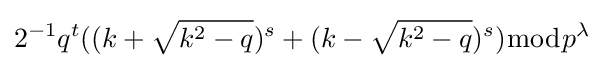
2^{-1}q^{t}((k+{\sqrt {k^{2}-q}})^{s}+(k-{\sqrt {k^{2}-q}})^{s}){\bmod {p^{\lambda }}}